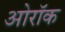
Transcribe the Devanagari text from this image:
ओरॉक